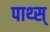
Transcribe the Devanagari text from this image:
पाथ्स्‌